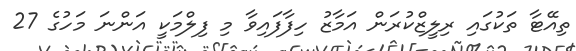
ތިއޭޓާ ތަކުގައި ރިލީޒްކުރަން އަމާޒު ހިފާފައިވާ މި ފިލްމަކީ އަންނަ މަހުގެ 27